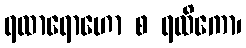
ရထာရောဟော စ ရထိကော၊